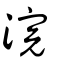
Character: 浣